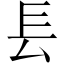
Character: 镸